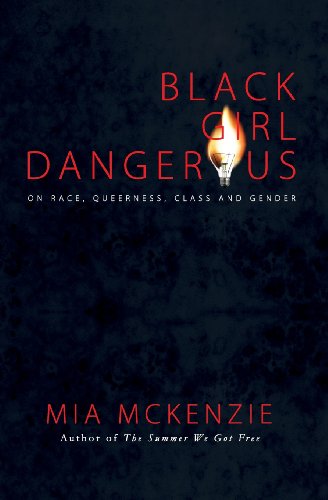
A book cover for Black Girl Dangerous on Race, Queerness, Class and Gender; Mia McKenzie; Politics & Social Sciences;